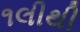
૧લીથી